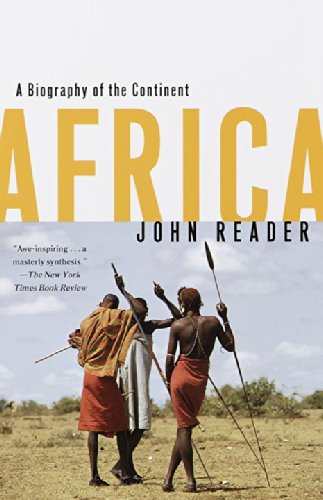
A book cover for Africa: A Biography of the Continent; John Reader; Science & Math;